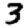
Digit: 3